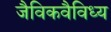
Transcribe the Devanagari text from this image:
जैविकवैविध्य